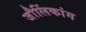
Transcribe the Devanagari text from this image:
जौलिंकांग